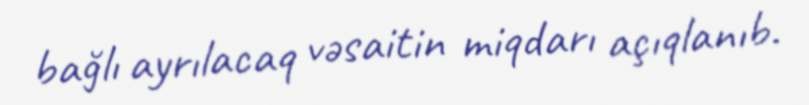
bağlı ayrılacaq vəsaitin miqdarı açıqlanıb.